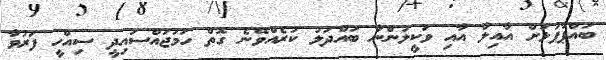
ބައްޕާފުޅަށް އާއިލާ އާއި ވަކީލުންނާ ބައްދަލު ކުރެއްވޭނެ ގޮތް ހަމަޖައްސައިދީ ސިއްހީ ފަރުވާ